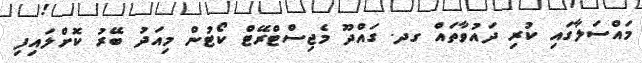
މައްސަލާގައި ކުރި ދައުވާތައް ގދ. ގައްދޫ މެޖިސްޓްރޭޓް ކޯޓުން މިއަދު ބޭރު ކޮށްލައިފި